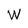
Character: W